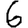
Digit: 6